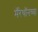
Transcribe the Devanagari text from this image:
मॅरेथॉनच्या